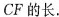
CF的长。